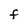
Character: F